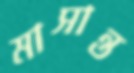
মাসান্ত